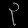
Digit: ၃